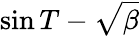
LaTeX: \sin T-\sqrt{\beta}